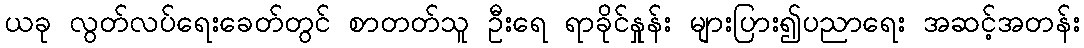
ယခု လွတ်လပ်ရေးခေတ်တွင် စာတတ်သူ ဦးရေ ရာခိုင်နှုန်း များပြား၍ပညာရေး အဆင့်အတန်း